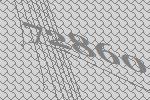
72860